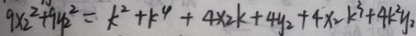
9 \times 2 ^ { 2 } + 9 y _ { 2 } ^ { 2 } = k ^ { 2 } + k ^ { 4 } + 4 x _ { 2 } k + 4 y _ { 2 } + 4 x _ { 2 } k ^ { 3 } + 4 k ^ { 2 } y _ { 2 }